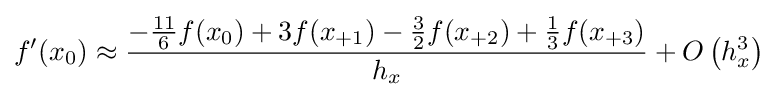
\displaystyle f'(x_{0})\approx \displaystyle {\frac {-{\frac {11}{6}}f(x_{0})+3f(x_{+1})-{\frac {3}{2}}f(x_{+2})+{\frac {1}{3}}f(x_{+3})}{h_{x}}}+O\left(h_{x}^{3}\right)